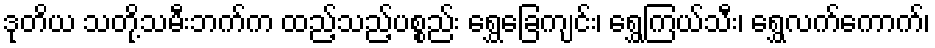
ဒုတိယ သတို့သမီးဘက်က ထည့်သည့်ပစ္စည်း ရွှေခြေကျင်း၊ ရွှေကြယ်သီး၊ ရွှေလက်ကောက်၊